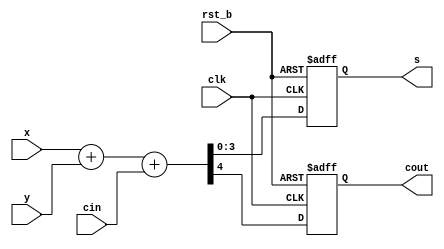
//////////////
module sync_adder4(rst_b, clk, cin, x, y, s, cout);
  input        rst_b;
  input        clk;
  input        cin;
  input  [3:0] x;
  input  [3:0] y;
  output [3:0] s;
  output       cout;

  reg    [3:0] s;
  reg          cout;

  always@(posedge clk or negedge rst_b)
  begin
  if(!rst_b) {cout,s[3:0]} <= 5'b00000;
  else       {cout,s[3:0]} <= x[3:0] + y[3:0] + cin;
  end
endmodule